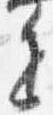
進